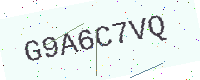
Text: G9A6C7VQ